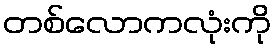
တစ်လောကလုံးကို